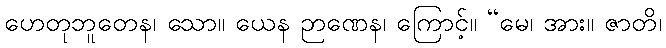
ဟေတုဘူတေန၊ သော။ ယေန ဉာဏေန၊ ကြောင့်။ “မေ၊ အား။ ဇာတိ၊